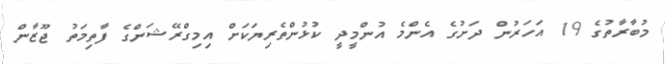
މުބާރާތުގެ 19 އަހަރުން ދަށުގެ އެންމެ އުންމީދީ ކުޅުންތެރިޔަކަށް އިމިގްރޭޝަންގެ ފާތިމަތު ޖޫޒާން